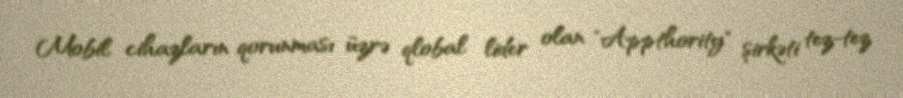
Mobil cihazların qorunması üzrə qlobal lider olan "Appthority" şirkəti tez-tez